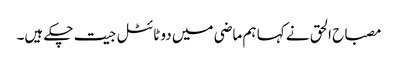
مصباح الحق نے کہا ہم ماضی میں دو ٹائٹل جیت چکے ہیں۔